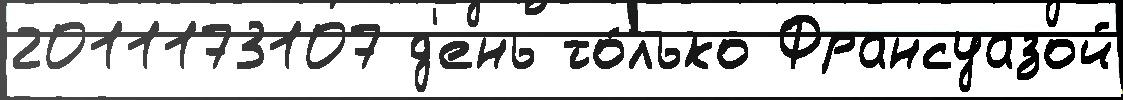
2011173107 д'ень то́лько Франсуазой